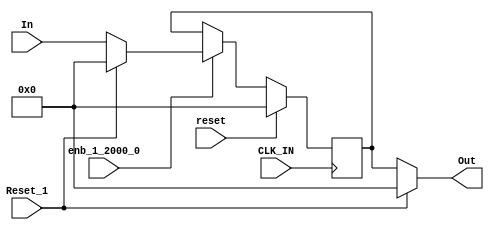
// -------------------------------------------------------------
// 
// 
// Generated by MATLAB 8.2 and HDL Coder 3.3
// 
// -------------------------------------------------------------


// -------------------------------------------------------------
// 
// Module: controllerHdl_Reset_Delay
// Source Path: controllerHdl/Field_Oriented_Control/Open_Loop_Control/Generate_Position_And_Voltage_Ramp/Electrical_Velocity_To_Position/Reset_Delay
// Hierarchy Level: 6
// 
// -------------------------------------------------------------

`timescale 1 ns / 1 ns

module controllerHdl_Reset_Delay
          (
           CLK_IN,
           reset,
           enb_1_2000_0,
           Reset_1,
           In,
           Out
          );


  input   CLK_IN;
  input   reset;
  input   enb_1_2000_0;
  input   Reset_1;
  input   signed [31:0] In;  // sfix32_En27
  output  signed [31:0] Out;  // sfix32_En27


  wire signed [31:0] Constant1_out1;  // sfix32_En27
  wire signed [31:0] Reset_Switch1_out1;  // sfix32_En27
  reg signed [31:0] In_Delay_out1;  // sfix32_En27
  wire signed [31:0] Constant_out1;  // sfix32_En27
  wire signed [31:0] Reset_Switch_out1;  // sfix32_En27


  // <S24>/Constant1
  assign Constant1_out1 = 32'sb00000000000000000000000000000000;



  // <S24>/Reset_Switch1
  assign Reset_Switch1_out1 = (Reset_1 == 1'b0 ? In :
              Constant1_out1);



  // <S24>/In_Delay
  always @(posedge CLK_IN)
    begin : In_Delay_process
      if (reset == 1'b1) begin
        In_Delay_out1 <= 32'sb00000000000000000000000000000000;
      end
      else if (enb_1_2000_0) begin
        In_Delay_out1 <= Reset_Switch1_out1;
      end
    end



  // <S24>/Constant
  assign Constant_out1 = 32'sb00000000000000000000000000000000;



  // <S24>/Reset_Switch
  assign Reset_Switch_out1 = (Reset_1 == 1'b0 ? In_Delay_out1 :
              Constant_out1);



  assign Out = Reset_Switch_out1;

endmodule  // controllerHdl_Reset_Delay